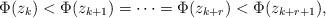
LaTeX: \begin{align*}\Phi(z_k)<\Phi(z_{k+1})=\cdots=\Phi(z_{k+r})<\Phi(z_{k+r+1}),\end{align*}